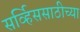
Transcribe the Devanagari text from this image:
सर्व्हिससाठीच्या